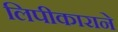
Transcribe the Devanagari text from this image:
लिपीकाराने